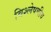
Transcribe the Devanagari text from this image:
विश्लेषणीय